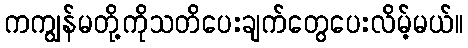
ကကျွန်မတို့ကိုသတိပေးချက်တွေပေးလိမ့်မယ်။